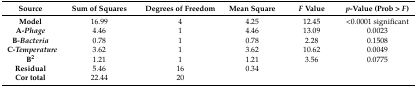
<table><thead><tr><td><b>Source</b></td><td><b>Sum of Squares</b></td><td><b>Degrees of Freedom</b></td><td><b>Mean Square</b></td><td><b><i>F</i> Value</b></td><td><b><i>p</i>-Value (Prob &gt; <i>F</i>)</b></td></tr></thead><tbody><tr><td><b>Model</b></td><td>16.99</td><td>4</td><td>4.25</td><td>12.45</td><td>&lt;0.0001 significant</td></tr><tr><td><b>A-<i>Phage</i></b></td><td>4.46</td><td>1</td><td>4.46</td><td>13.09</td><td>0.0023</td></tr><tr><td><b>B-<i>Bacteria</i></b></td><td>0.78</td><td>1</td><td>0.78</td><td>2.28</td><td>0.1508</td></tr><tr><td><b>C-<i>Temperature</i></b></td><td>3.62</td><td>1</td><td>3.62</td><td>10.62</td><td>0.0049</td></tr><tr><td><b>B<sup>2</sup></b></td><td>1.21</td><td>1</td><td>1.21</td><td>3.56</td><td>0.0775</td></tr><tr><td><b>Residual</b></td><td>5.46</td><td>16</td><td>0.34</td><td></td><td></td></tr><tr><td><b>Cor total</b></td><td>22.44</td><td>20</td><td></td><td></td><td></td></tr></tbody></table>